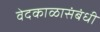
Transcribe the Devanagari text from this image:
वेदकाळासंबंधी